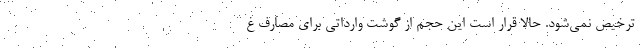
ترخیص نمی‌شود. حالا قرار است این حجم از گوشت وارداتی برای مصارف غ